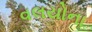
વલયોના